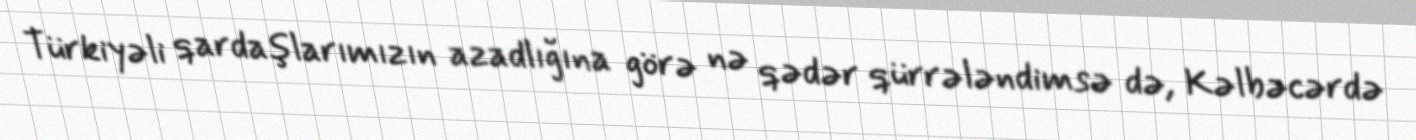
Türkiyəli qardaşlarımızın azadlığına görə nə qədər qürrələndimsə də, Kəlbəcərdə